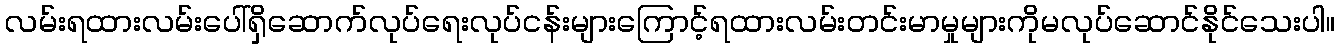
လမ်းရထားလမ်းပေါ်ရှိဆောက်လုပ်ရေးလုပ်ငန်းများကြောင့်ရထားလမ်းတင်းမာမှုများကိုမလုပ်ဆောင်နိုင်သေးပါ။